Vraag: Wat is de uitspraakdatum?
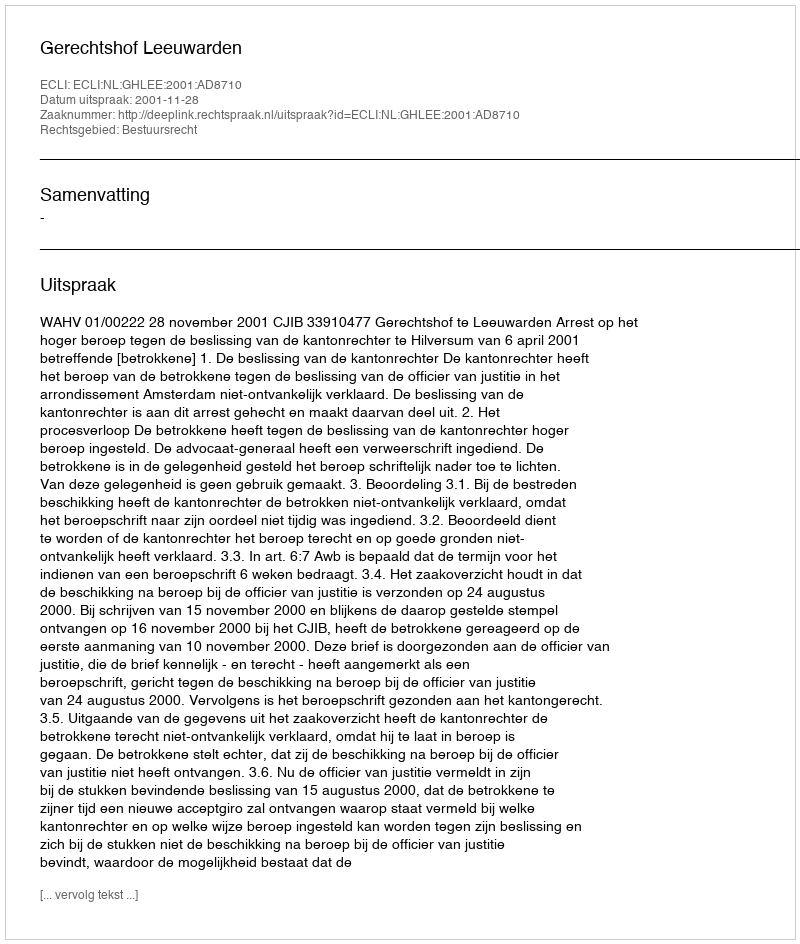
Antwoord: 2001-11-28